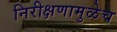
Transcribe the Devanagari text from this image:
निरीक्षणामुळेच